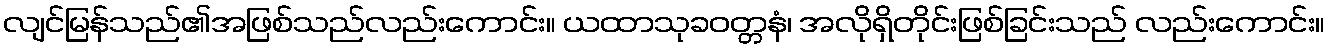
လျင်မြန်သည်၏အဖြစ်သည်လည်းကောင်း။ ယထာသုခဝတ္တနံ၊ အလိုရှိတိုင်းဖြစ်ခြင်းသည် လည်းကောင်း။